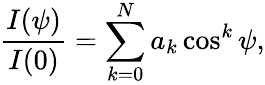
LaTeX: {\frac{I(\psi)}{I(0)}}=\sum_{k=0}^{N}a_{k}\cos^{k}\psi,